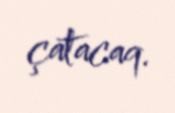
çatacaq.